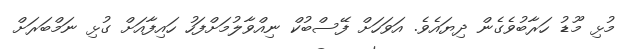
މުޅި މޫޑު ހަރާބުވެގެން ދިޔައެވެ. އަވަހަށް ފޭސްބުކް ނިއްވާލުމަށްފަހު ހައިފާއަށް ގުޅި ނަމްބަރަށް